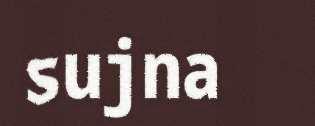
sujna